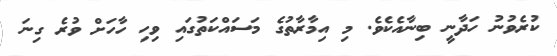
ކުރެވުނު ހަދާނީ ބިނާއެކެވެ. މި އިމާރާތުގެ މަސައްކަތުގައި ވިހި ހާހަށް ވުރެ ގިނަ